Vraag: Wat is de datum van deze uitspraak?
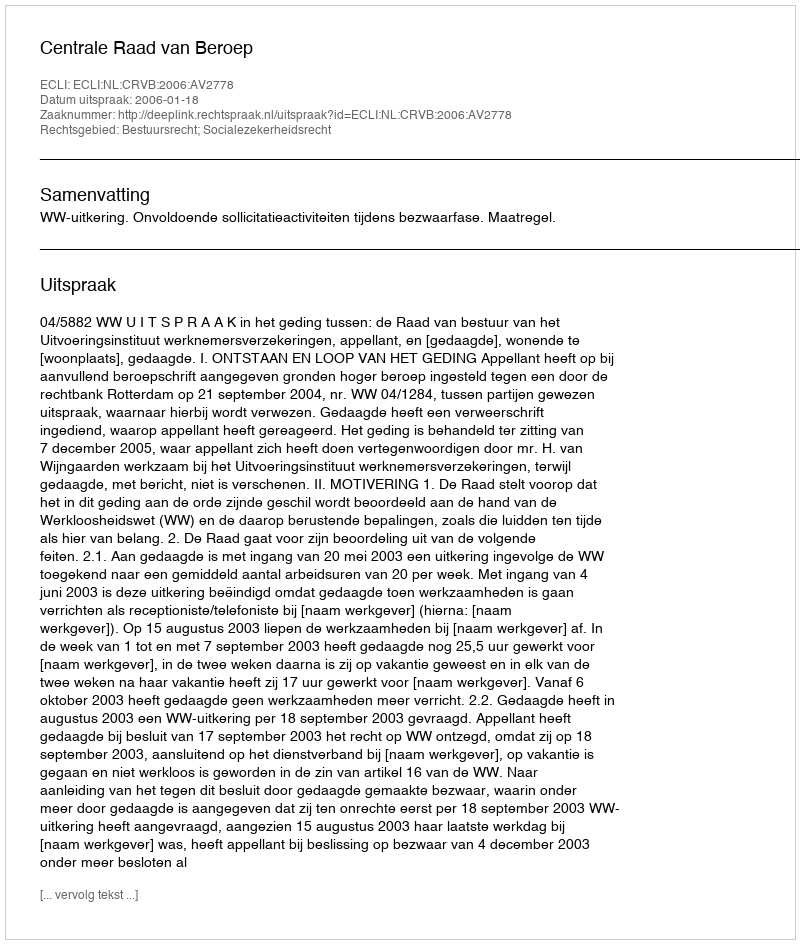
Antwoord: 2006-01-18